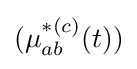
(\mu _{ab}^{*(c)}(t))